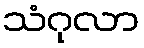
သံဂုလာ